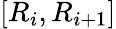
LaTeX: [R_{i},R_{i+1}]